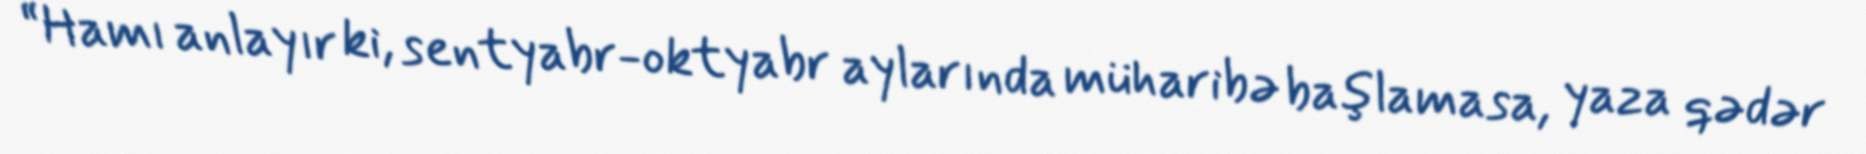
“Hamı anlayır ki, sentyabr-oktyabr aylarında müharibə başlamasa, yaza qədər